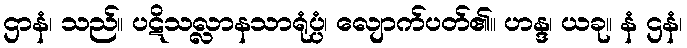
ဌာနံ၊ သည်။ ပဋိသလ္လာနသာရုံပ္ပံ၊ လျောက်ပတ်၏။ ဟန္ဒ၊ ယခု။ နံ ဌနံ၊